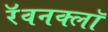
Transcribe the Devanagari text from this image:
रॅवनक्लॉ